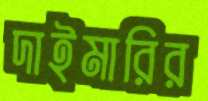
দাইমারির